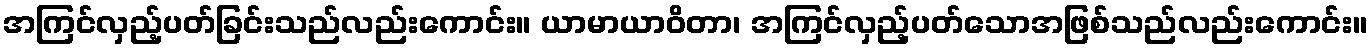
အကြင်လှည့်ပတ်ခြင်းသည်လည်းကောင်း။ ယာမာယာဝိတာ၊ အကြင်လှည့်ပတ်သောအဖြစ်သည်လည်းကောင်း။